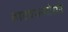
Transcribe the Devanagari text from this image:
नाट्यरूपांतरे